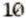
10